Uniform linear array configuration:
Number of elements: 48
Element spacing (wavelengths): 0.25
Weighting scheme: exponential
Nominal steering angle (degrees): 30
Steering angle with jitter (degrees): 29.044
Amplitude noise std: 0.05
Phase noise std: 0.05

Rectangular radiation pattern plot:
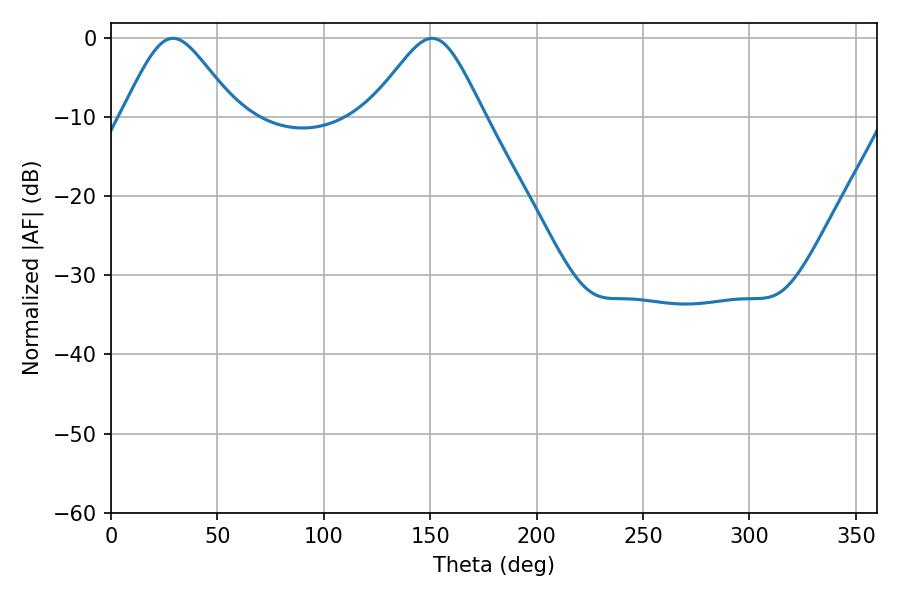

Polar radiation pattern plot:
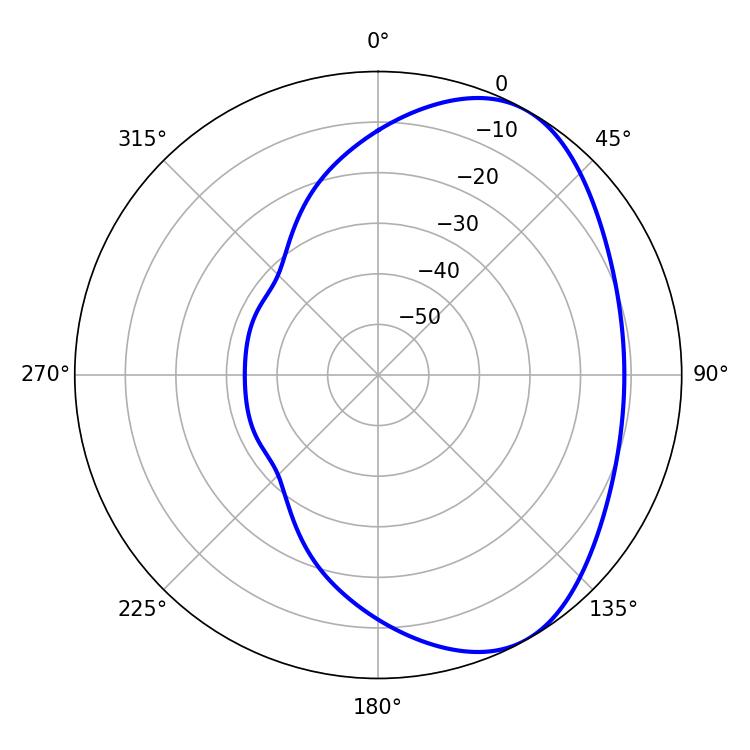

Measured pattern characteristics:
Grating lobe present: FALSE
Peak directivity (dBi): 5.149
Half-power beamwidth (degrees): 26.28
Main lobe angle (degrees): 29.16